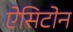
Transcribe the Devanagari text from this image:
ऐसिटोन